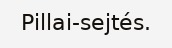
Pillai-sejtés.